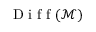
\mathrm { ~ D ~ i ~ f ~ f ~ } ( \mathcal { M } )